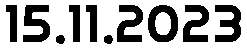
15.11.2023